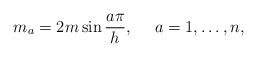
\begin{align*}m_a = 2m\sin\frac{a\pi}{h} , ~~~~a=1,\dots,n,\end{align*}